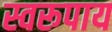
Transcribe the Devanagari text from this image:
स्वरूपाय